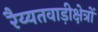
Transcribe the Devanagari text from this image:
रैय्यतवाड़ीक्षेत्रों